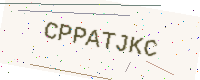
Text: CPPATJKC